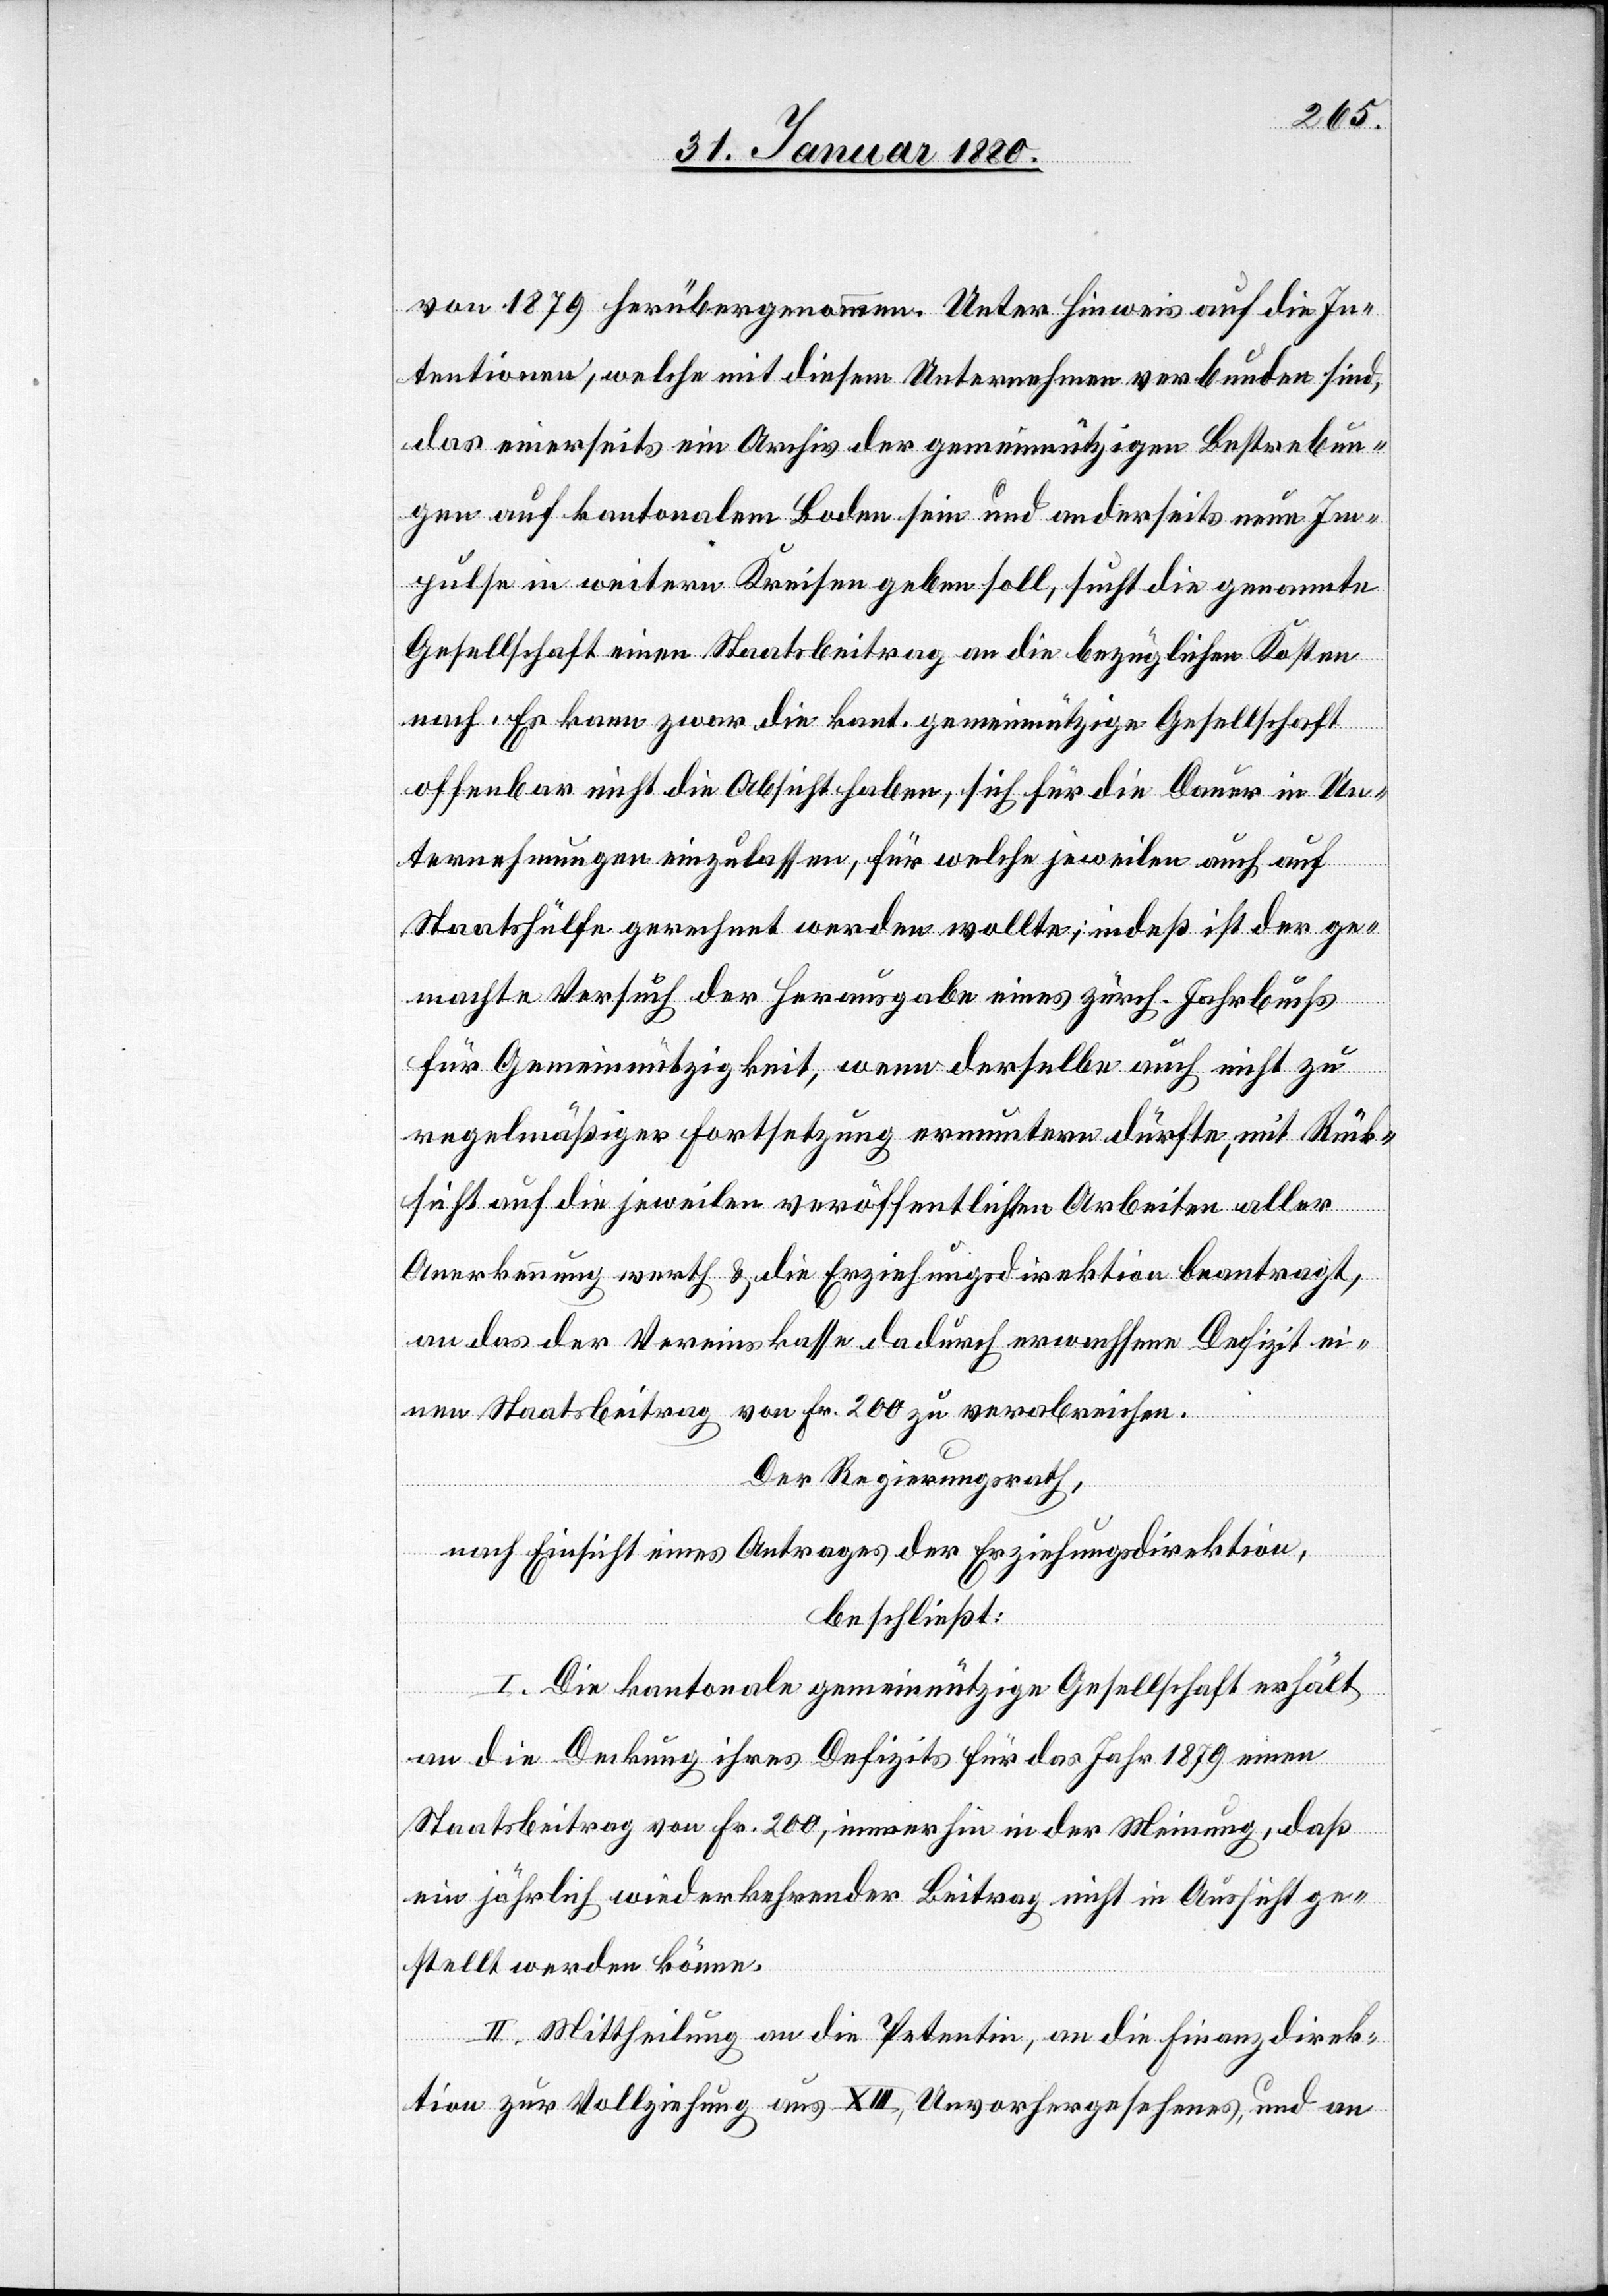
von 1879 herübergenommen. Unter Hinweis auf die In¬
tentionen, welche mit diesem Unternehmen verbunden sind,
das einerseits ein Archiv der gemeinnützigen Bestrebun¬
gen auf kantonalem Boden sein und anderseits neue Im¬
pulse in weitern Kreisen geben soll, sucht die genannte
Gesellschaft einen Staatsbeitrag an die bezüglichen Kosten
nach. Es kann zwar die kant. gemeinnützige Gesellschaft
offenbar nicht die Absicht haben, sich für die Dauer in Un¬
ternehmungen einzulassen, für welche jeweilen auch auf
Staatshülfe gerechnet werden wollte; indeß ist der ge¬
machte Versuch der Herausgabe eines zürch. Jahrbuchs
für Gemeinnützigkeit, wenn derselbe auch nicht zu
regelmäßiger Fortsetzung ermuntern dürfte, mit Rück¬
sicht auf jeweilen veröffentlichten Arbeiten aller
Anerkennung werth & die Erziehungsdirektion beantragt,
an das der Vereinskasse dadurch erwachsene Defizit ei¬
nen Staatsbeitrag von Fr. 200 zu verabreichen.
Der Regierungsrath,
nach Einsicht eines Antrages der Erziehungsdirektion,
beschließt:
I. Die kantonale gemeinnützige Gesellschaft erhält
an die Deckung ihres Defizits für das Jahr 1879 einen
Staatsbeitrag von Fr. 200, immerhin in der Meinung, daß
ein jährlich wiederkehrender Beitrag nicht in Aussicht ge¬
stellt werden könne.
II. Mittheilung an die Petentin, an die Finanzdirek¬
tion zur Vollziehung aus XIII, Unvorhergesehenes, und an